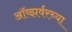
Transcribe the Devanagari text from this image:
ऑब्झर्वरच्या